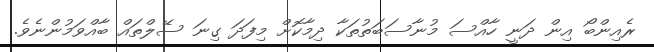
ރެއިންބޯ އިން ދަނީ ހާއްސަ މުނާސަބަތުތަކާ ދިމާކޮށް މިފަދަ ގިނަ ސޭލްތައް ބާއްވަމުންނެވެ.